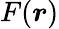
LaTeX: F(\boldsymbol{r})